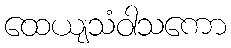
ထေယျသံဝါသကော